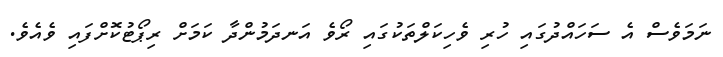
ނަމަވެސް އެ ސަހައްދުގައި ހުރި ވެހިކަލްތަކުގައި ރޯވެ އަނދަމުންދާ ކަމަށް ރިޕޯޓުކޮށްފައި ވެއެވެ.